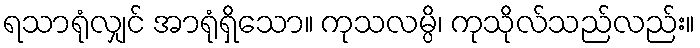
ရသာရုံလျှင် အာရုံရှိသော။ ကုသလမ္ပိ၊ ကုသိုလ်သည်လည်း။